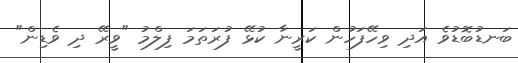
ބަނޑުބޮޑުވެ އަދި ވިހޭފަހުން ކަރީނާ ކުޅޭ ފުރަތަމަ ފިލްމު "ވީރޭ ދި ވެޑިން"